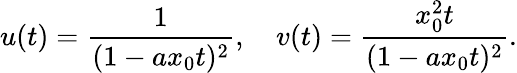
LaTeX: u(t)=\frac{1}{(1-ax_{0}t)^{2}},\quad v(t)=\frac{x_{0}^{2}t}{(1-ax_{0}t)^{2}}.